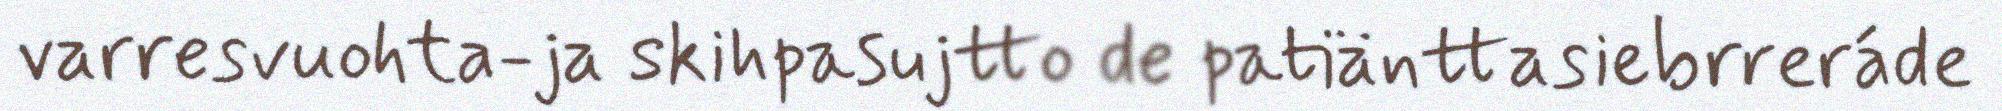
varresvuohta-ja skihpasujtto de patiänttasiebrreráde